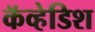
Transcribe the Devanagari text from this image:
कॅव्हेडिश